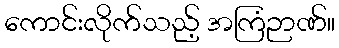
ကောင်းလိုက်သည့် အကြံဉာဏ်။